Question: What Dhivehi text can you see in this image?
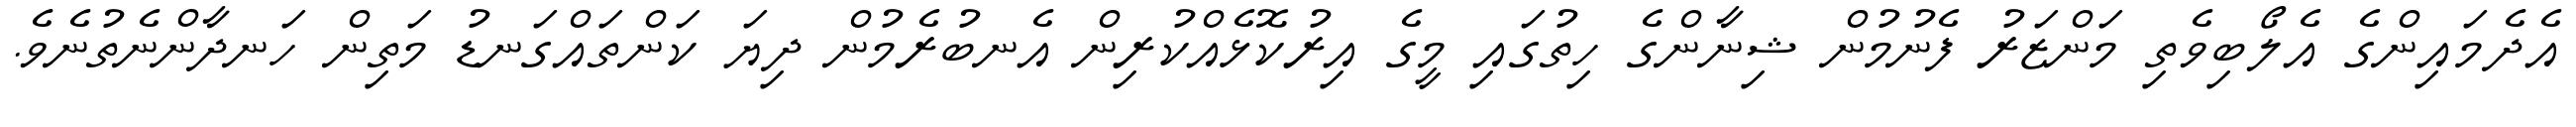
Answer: އެދެމައިންގެ އެލޯބިވެތި މަންޒަރު ފެނުމުން ޝިނާންގެ ހިތުގައި މީގެ އިރުކޮޅެއްކުރިން އެނބުރެމުން ދިޔަ ކަންތައްގަނޑު މަތިން ހަނދާންނެތުނެވެ.